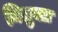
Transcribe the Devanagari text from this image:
नितुक्त